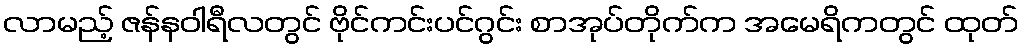
လာမည့် ဇန်နဝါရီလတွင် ဗိုင်ကင်းပင်ဂွင်း စာအုပ်တိုက်က အမေရိကတွင် ထုတ်